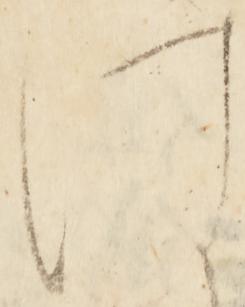
は